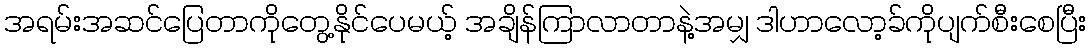
အရမ်းအဆင်ပြေတာကိုတွေ့နိုင်ပေမယ့် အချိန်ကြာလာတာနဲ့အမျှ ဒါဟာလော့ခ်ကိုပျက်စီးစေပြီး